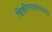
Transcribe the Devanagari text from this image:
चिकीत्साशास्त्रकी